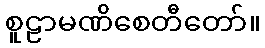
စူဠာမဏိစေတီတော်။